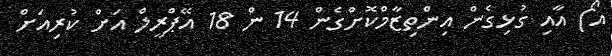
އޯ) އާއި ގުޅިގެން އިންތިޒާމްކޮށްގެން 14 ން 18 އޭޕްރީލް އަށް ކުރިއަށް